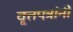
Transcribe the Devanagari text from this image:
वृ्त्तपत्रांनी